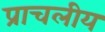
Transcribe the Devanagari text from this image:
प्राचलीय